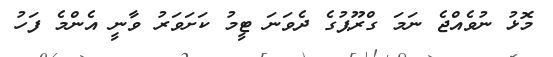
މޮޅު ނުވެއްޖެ ނަމަ ގްރޫޕުގެ ދެވަނަ ޓީމު ކަށަވަރު ވާނީ އެންމެ ފަހު